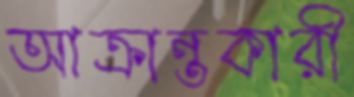
আক্রান্তকারী